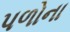
પળોના